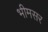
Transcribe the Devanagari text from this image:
भीमसर